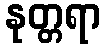
နုတ္တရာ